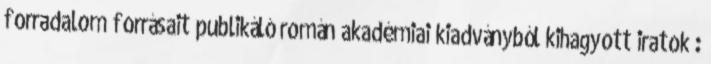
forradalom forrásait publikáló román akadémiai kiadványból kihagyott iratok :